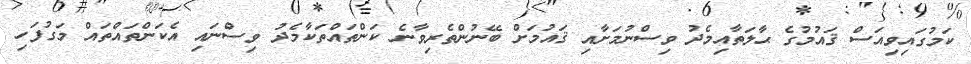
ކަމުގައިވިއަސް ޤައުމުގެ ޙާލަތާއިމެދު ވިސްނުމަށާއި ޤައުމަށް ބޭނުންތެރިވާނެ ކަންތައްތަކާމެދު ވިސްނައި އެކަންތައްތައް މަގުފަހި